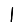
Digit: 1